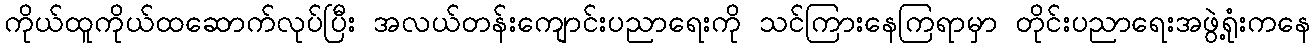
ကိုယ်ထူကိုယ်ထဆောက်လုပ်ပြီး အလယ်တန်းကျောင်းပညာရေးကို သင်ကြားနေကြရာမှာ တိုင်းပညာရေးအဖွဲ့ရုံးကနေ